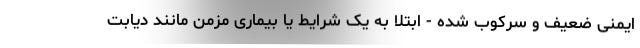
ایمنی ضعیف و سرکوب شده - ابتلا به یک شرایط یا بیماری مزمن مانند دیابت